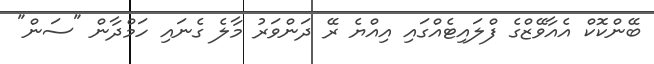
ބޭންކޮކް އެއާވޭޒްގެ ފްލައިޓެއްގައި އިއްޔެ ރޭ ދަންވަރު މާލެ ގެނައި ހަމްދާން "ސަން"